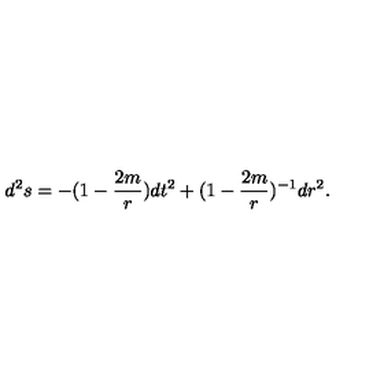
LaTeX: d ^ { 2 } s = - ( 1 - \frac { 2 m } { r } ) d t ^ { 2 } + ( 1 - \frac { 2 m } { r } ) ^ { - 1 } d r ^ { 2 } .